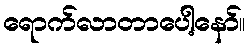
ရောက်လာတာပေါ့နော်။